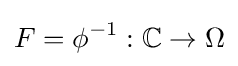
F=\phi ^{-1}:\mathbb {C} \to \Omega